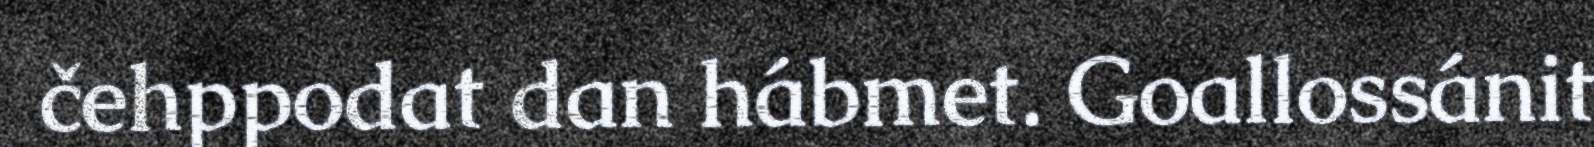
čehppodat dan hábmet. Goallossánit